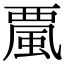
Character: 𩗏